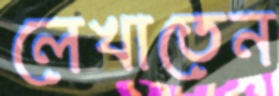
লেখাতেন